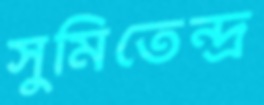
সুমিতেন্দ্র